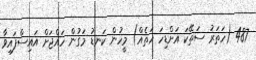
487 (ހަތަރު ސަތޭކަ އަށްޑިހަ ހަތެއް) މީހުން ކަނޑު މަގުން ހައްޖަށް އައިސްފައިވާ